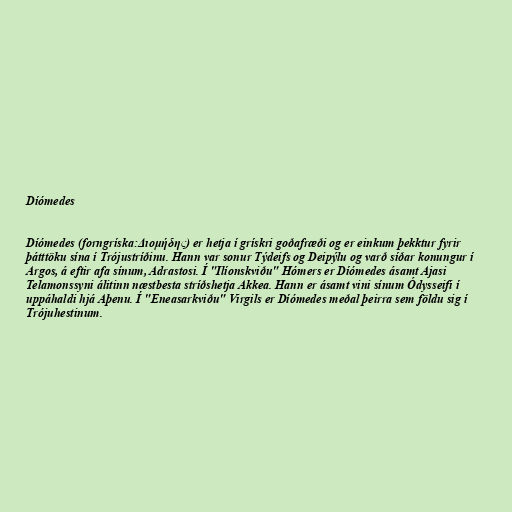
Díómedes

Díómedes (forngríska:Διομήδης) er hetja í grískri goðafræði og er einkum þekktur fyrir
þátttöku sína í Trójustríðinu. Hann var sonur Týdeifs og Deipýlu og varð síðar konungur í
Argos, á eftir afa sínum, Adrastosi. Í "Ilíonskviðu" Hómers er Díómedes ásamt Ajasi
Telamonssyni álitinn næstbesta stríðshetja Akkea. Hann er ásamt vini sínum Ódysseifi í
uppáhaldi hjá Aþenu. Í "Eneasarkviðu" Virgils er Díómedes meðal þeirra sem földu sig í
Trójuhestinum.